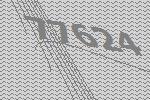
77624